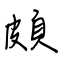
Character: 頗